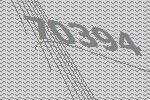
70394